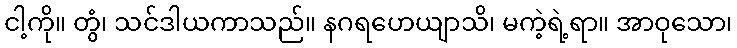
ငါ့ကို။ တွံ၊ သင်ဒါယကာသည်။ နဂရဟေယျာသိ၊ မကဲ့ရဲ့ရာ။ အာဝုသော၊